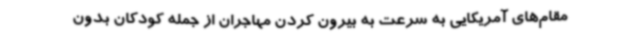
مقام‌های آمریکایی به سرعت به بیرون کردن مهاجران از جمله کودکان بدون